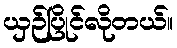
ယှဉ်ပြိုင်လိုတယ်။